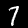
Digit: 7